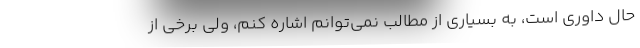
حال داوری است، به بسیاری از مطالب نمی‌توانم اشاره کنم، ولی برخی از